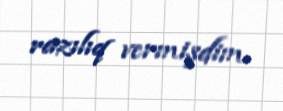
razılıq vermişdim.